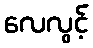
လေလွင့်